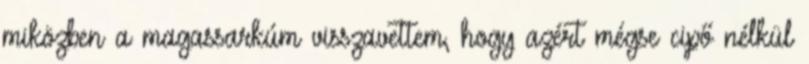
miközben a magassarkúm visszavettem, hogy azért mégse cipő nélkül